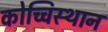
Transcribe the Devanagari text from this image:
कोच्चिस्थान